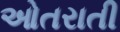
ઓતરાતી